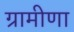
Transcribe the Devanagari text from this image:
ग्रामीणा